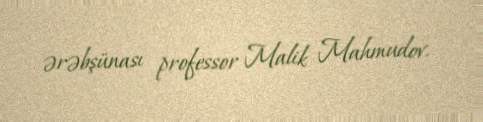
ərəbşünası professor Malik Mahmudov.